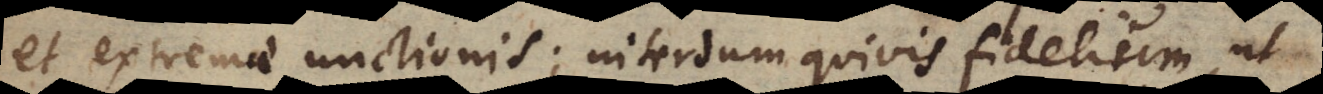
et extremae unctionis; interdum quivis fidelium, ut